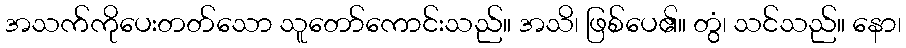
အသက်ကိုပေးတတ်သော သူတော်ကောင်းသည်။ အသိ၊ ဖြစ်ပေ၏။ တွံ၊ သင်သည်။ နော၊